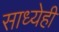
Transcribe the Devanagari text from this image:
साध्येही